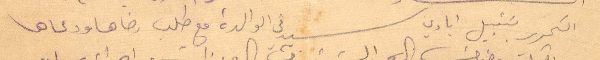
التحرير بتقبيل ايادي سيدتي الوالدة مع طلب رضاها ودعاها